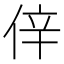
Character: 𠉄